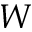
\boldsymbol { W }